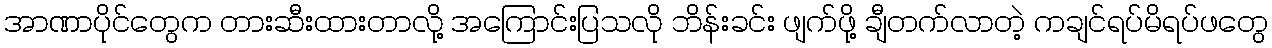
အာဏာပိုင်တွေက တားဆီးထားတာလို့ အကြောင်းပြသလို ဘိန်းခင်း ဖျက်ဖို့ ချီတက်လာတဲ့ ကချင်ရပ်မိရပ်ဖတွေ